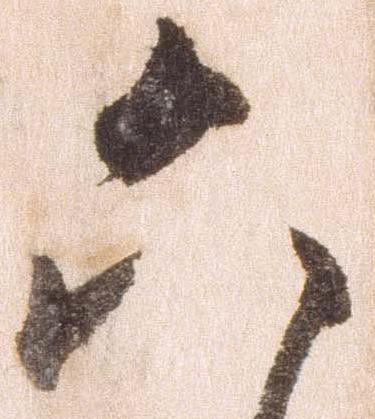
六